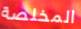
المخلصة